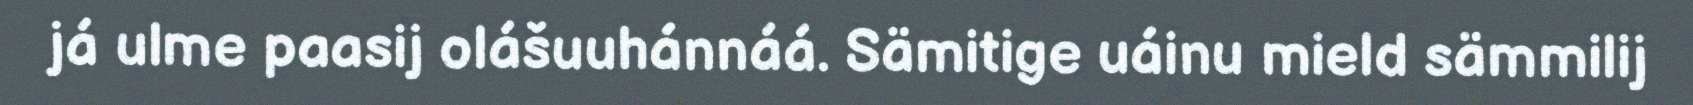
já ulme paasij olášuuhánnáá. Sämitige uáinu mield sämmilij